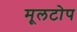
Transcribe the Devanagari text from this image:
मूलटोप